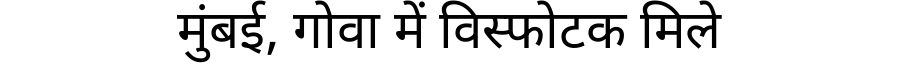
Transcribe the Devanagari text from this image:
मुंबई, गोवा में विस्फोटक मिले